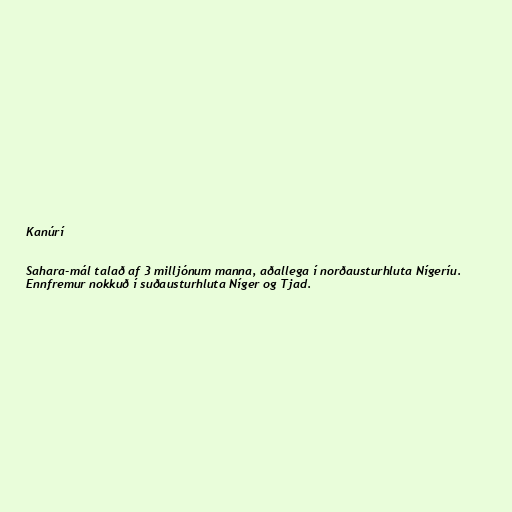
Kanúrí

Sahara-mál talað af 3 milljónum manna, aðallega í norðausturhluta Nígeríu.
Ennfremur nokkuð í suðausturhluta Níger og Tjad.